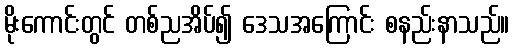
မိုးကောင်းတွင် တစ်ညအိပ်၍ ဒေသအကြောင်း စနည်းနာသည်။